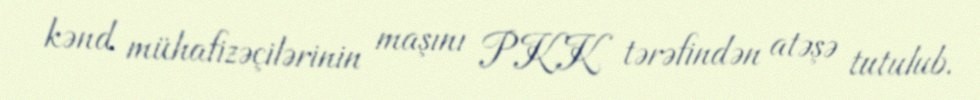
kənd mühafizəçilərinin maşını PKK tərəfindən atəşə tutulub.